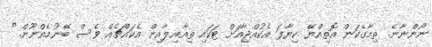
ނޯންނާނެ. ތިމާގެކަން އޮތިއްޔޭ ކިޔާފަ އެކުއްޖާއަށް ޓަކައި ތިއާއިލާއިން އެކައްޗެއް ވެސް ބޭނުމެއްނޫން."